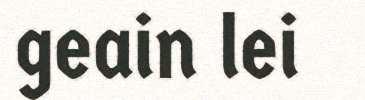
geain lei